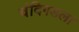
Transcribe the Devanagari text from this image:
चंदिगडला